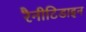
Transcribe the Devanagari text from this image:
रैनीटिडाइन